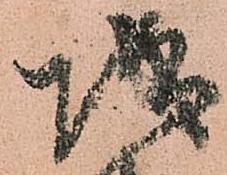
城